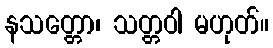
နသတ္တော၊ သတ္တဝါ မဟုတ်။